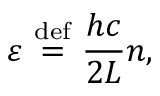
\varepsilon \ { \stackrel { \mathrm { d e f } } { = } } \ { \frac { h c } { 2 L } } n ,